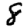
Digit: 8